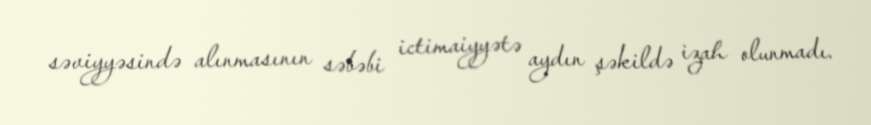
səviyyəsində alınmasının səbəbi ictimaiyyətə aydın şəkildə izah olunmadı.